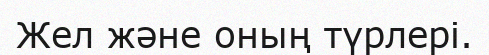
Жел және оның түрлері.